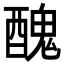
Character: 醜